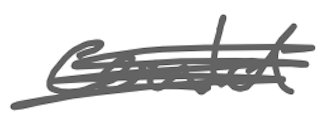
Text: could
Cross-out: scratch
Writing tool: digital_gray